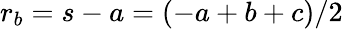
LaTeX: \displaystyle r_{b}=s-a=(-a+b+c)/2